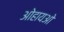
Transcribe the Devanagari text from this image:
ओहायओ